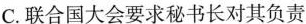
C.联合国大会要求秘书长对其负责